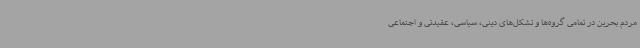
مردم بحرین در تمامی گروه‌ها و تشکل‌های دینی، سیاسی، عقیدتی و اجتماعی